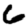
Digit: 6